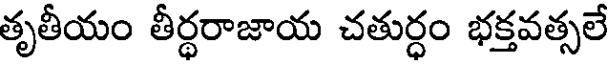
తృతీయం తీర్ధరాజాయ చతుర్ధం భక్తవత్సలే